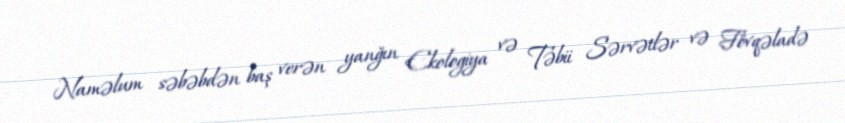
Naməlum səbəbdən baş verən yanğın Ekologiya və Təbii Sərvətlər və Fövqəladə